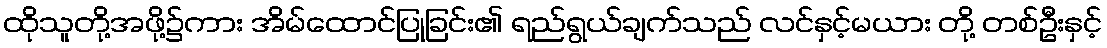
ထိုသူတို့အဖို့၌ကား အိမ်ထောင်ပြုခြင်း၏ ရည်ရွယ်ချက်သည် လင်နှင့်မယား တို့ တစ်ဦးနှင့်